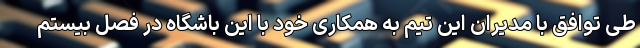
طی توافق با مدیران این تیم به همکاری خود با این باشگاه در فصل بیستم